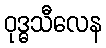
ဝုဒ္ဓသီလေန